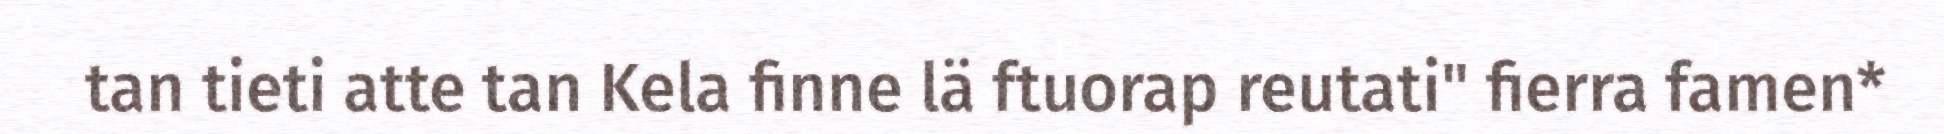
tan tieti atte tan Kela finne lä ftuorap reutati" fierra famen*